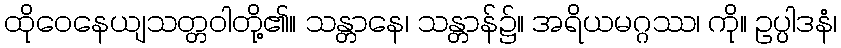
ထိုဝေနေယျသတ္တဝါတို့၏။ သန္တာနေ၊ သန္တာန်၌။ အရိယမဂ္ဂဿ၊ ကို။ ဥပ္ပါဒနံ၊